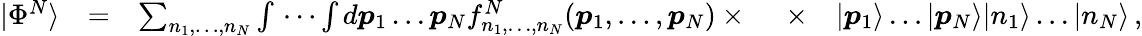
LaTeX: \begin{array}{rlrlr}{|\Phi^{N}\rangle}&{=}&{\sum_{n_{1},\dots,n_{N}}\int\, \cdots\int d\boldsymbol{p}_{1}\dots\boldsymbol{p}_{N}f_{n_{1},\dots,n_{N}}^{N}(\boldsymbol{p}_{1},\dots,\boldsymbol{p}_{N})\times\ }&{\times}&{|\boldsymbol{p}_{1}\rangle\dots|\boldsymbol{p}_{N}\rangle|n_{1}\rangle\dots|n_{N}\rangle\, ,}\end{array}